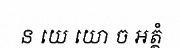
ន យេ យោ ច ឣត្ថំ